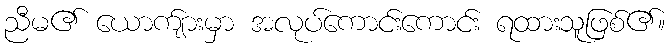
ညီမ၏ ယောက်ျားမှာ အလုပ်ကောင်းကောင်း ရထားသူဖြစ်၏။